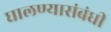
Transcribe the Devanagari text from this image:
घालण्यासंबंधी